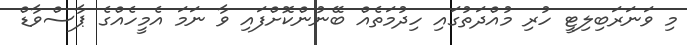
މި ވަނަރަބިލިޓީ ހުރި މުއްދަތުގައި ހިދުމަތެއް ބޭނުންކޮށްފައި ވާ ނަމަ އެމީހެއްގެ ޕާސްވާޑް